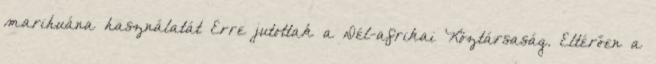
marihuána használatát Erre jutottak a Dél-afrikai Köztársaság. Eltérően a